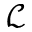
\mathcal { L }